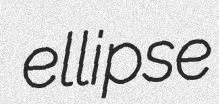
ellipse